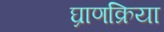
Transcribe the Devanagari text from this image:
घ्राणक्रिया